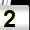
Digit: 2